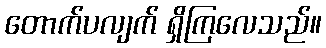
တောက်ပလျက် ရှိကြလေသည်။